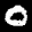
Label: 0